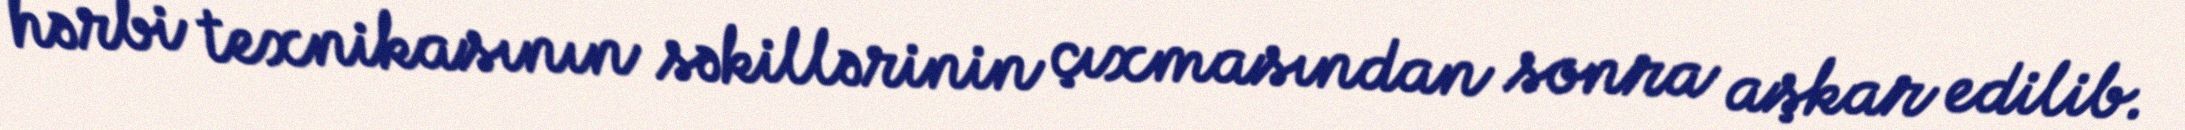
hərbi texnikasının səkillərinin çıxmasından sonra aşkar edilib.